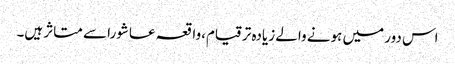
اس دور میں ہونے والے زیادہ ترقیام،واقعہ عاشورا سے متاثر ہیں۔